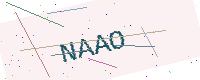
Text: NAAO